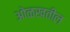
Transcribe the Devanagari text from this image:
ओळखतील